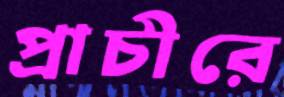
প্রাচীরে